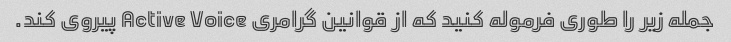
جمله زیر را طوری فرموله کنید که از قوانین گرامری Active Voice پیروی کند.